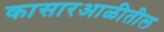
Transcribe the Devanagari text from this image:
कासारआळीतील